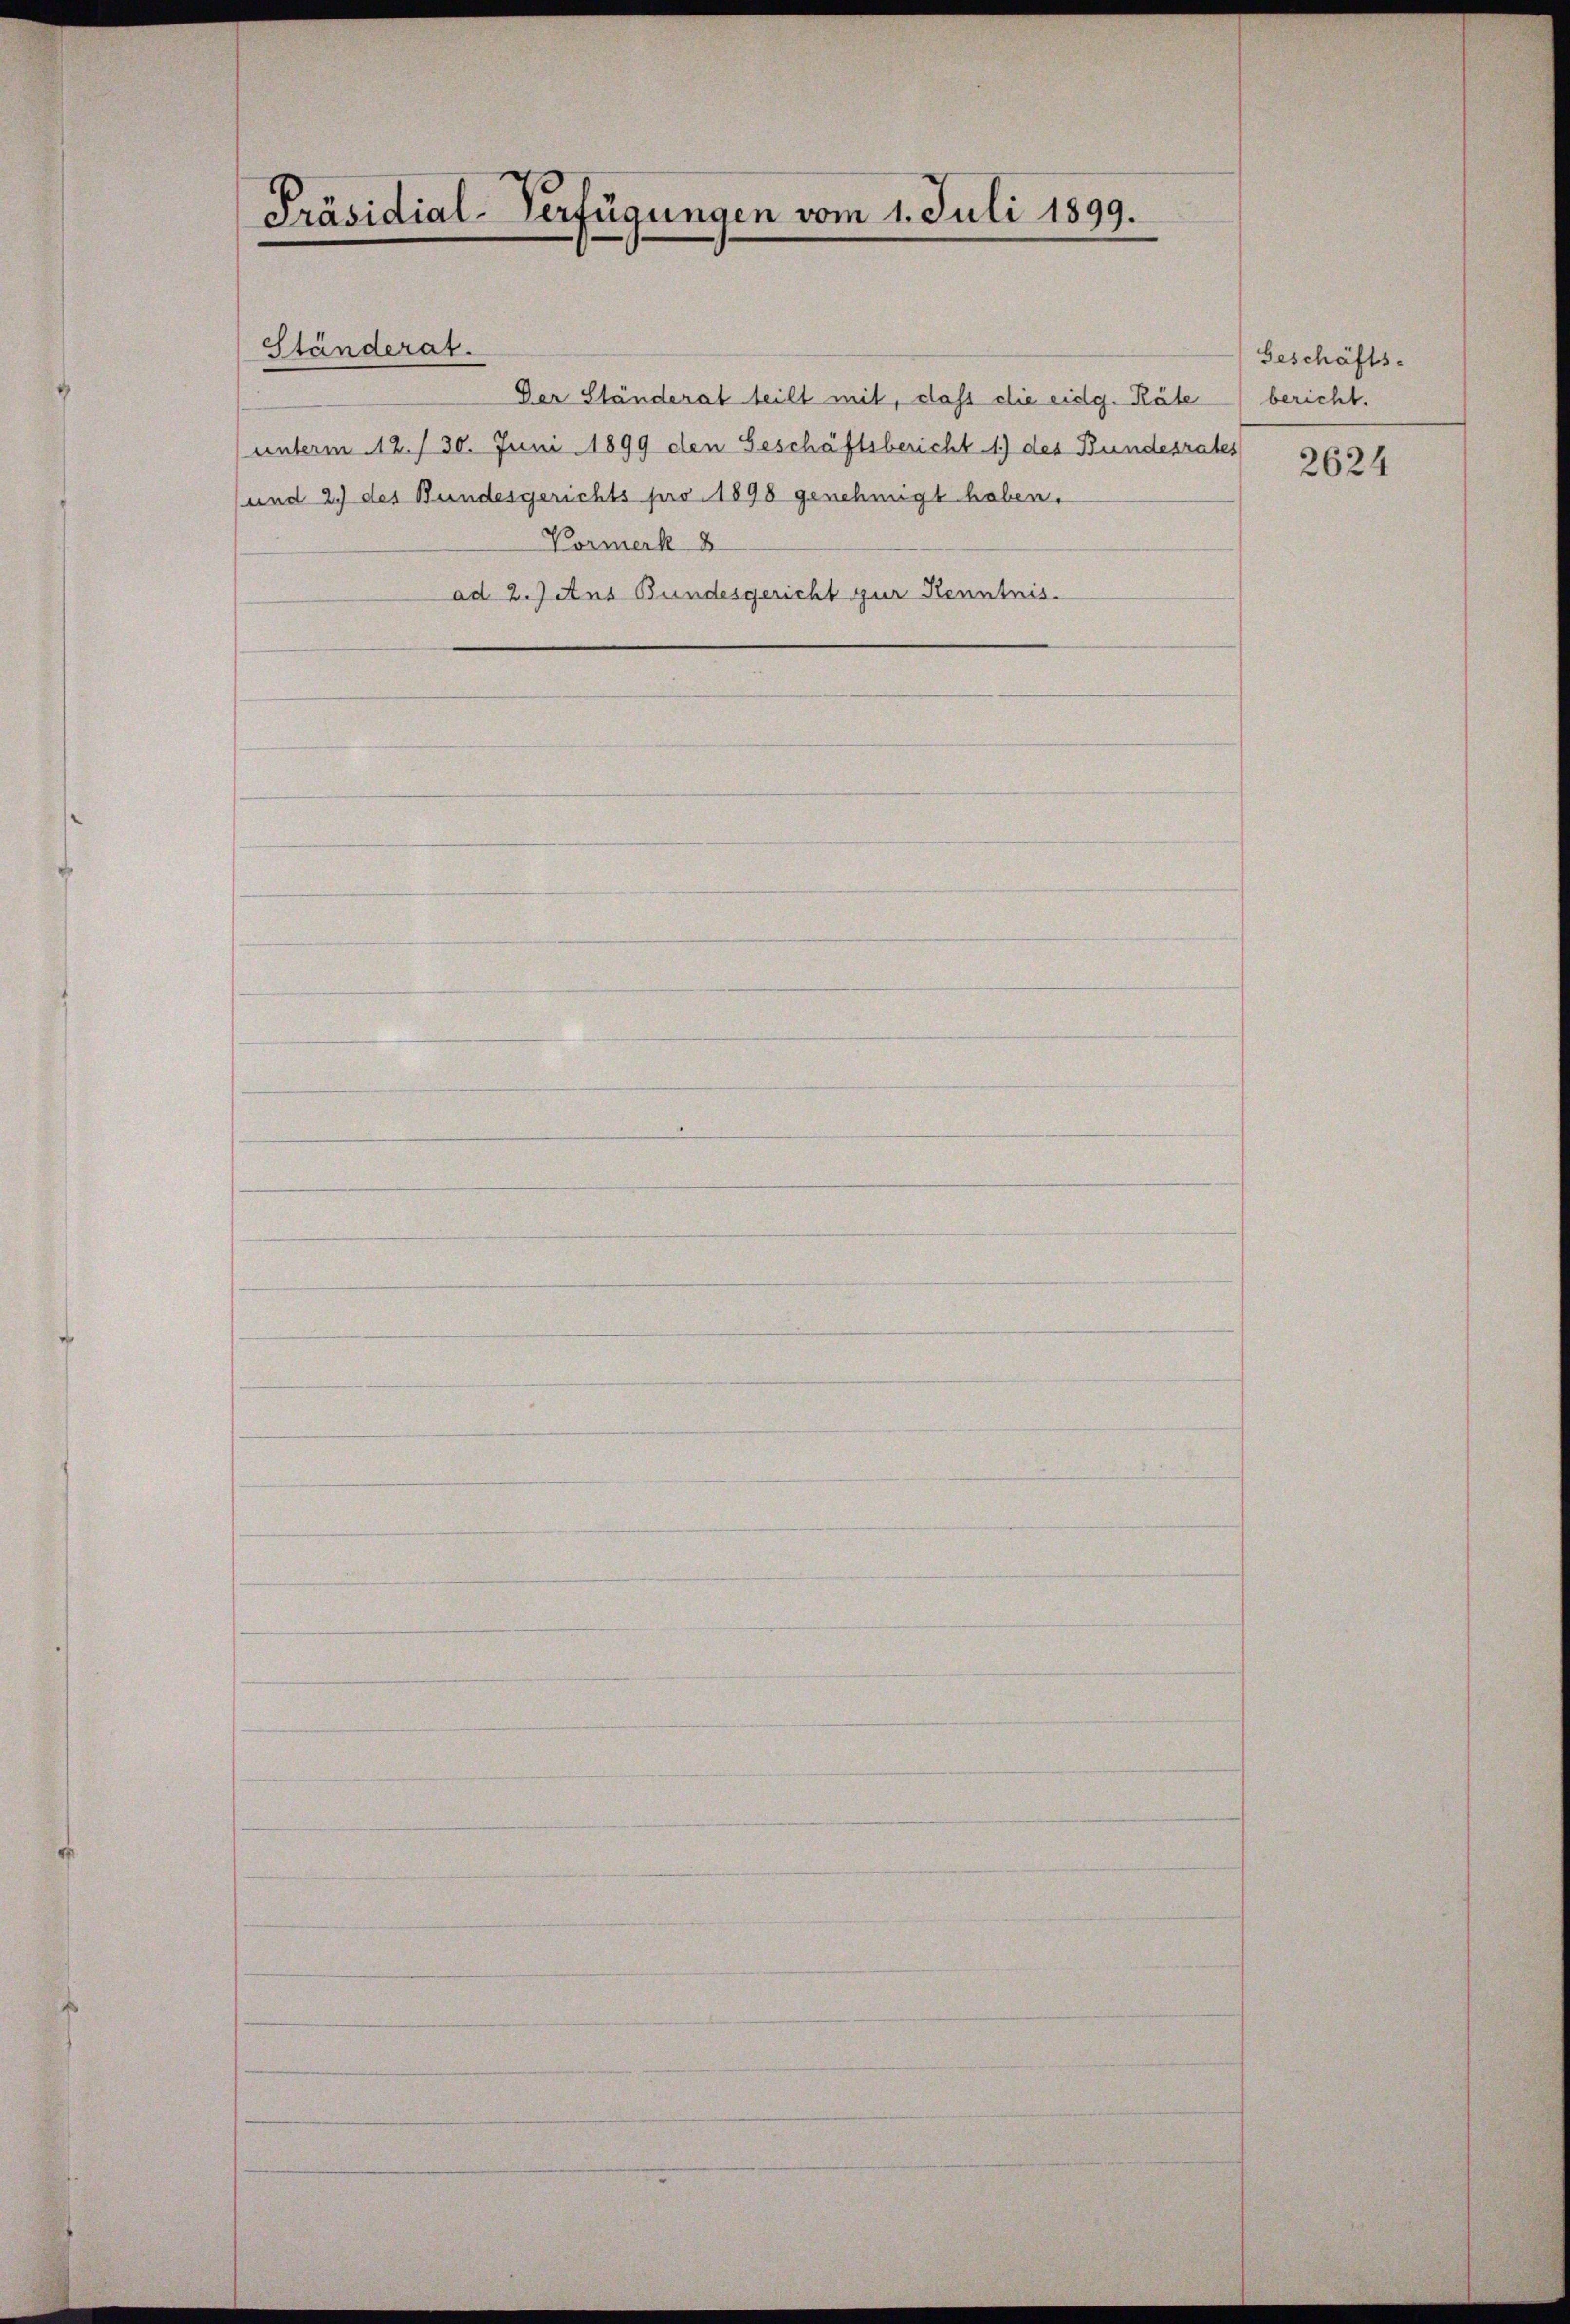
Präsidial-Verfügungen vom 1. Juli 1899.

Ständerat.
Der Ständerat teilt mit, dass die eidg. Räte
unterm 12. / 30. Juni 1899 den Geschäftsbericht 1) des Bundesrat
und 2.) des Bundesgerichts pro 1898 genehmigt haben.
Vormerk 8
ad 2. Jans Bundesgericht zur Kenntnis.

Geschäfts-
bericht.
t
2624